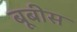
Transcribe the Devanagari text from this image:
बूबीस